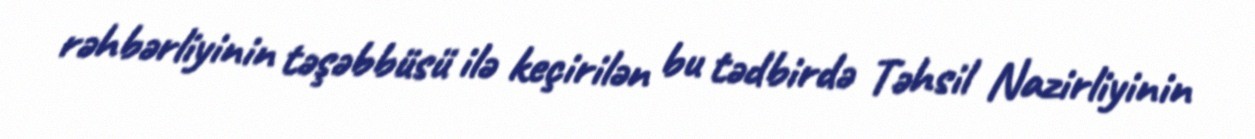
rəhbərliyinin təşəbbüsü ilə keçirilən bu tədbirdə Təhsil Nazirliyinin